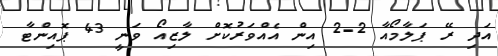
އަދި ރޭ ޕަލާމޯއާ 2-2 އިން އެއްވަރުކޮށް ލާޒިއޯ ވަނީ 43 ޕޮއިންޓާ